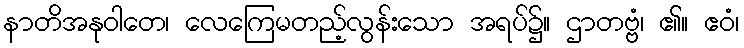
နာတိအနုဝါတေ၊ လေကြေမတည့်လွန်းသော အရပ်၌။ ဌာတဗ္ဗံ၊ ၏။ ဧဝံ၊